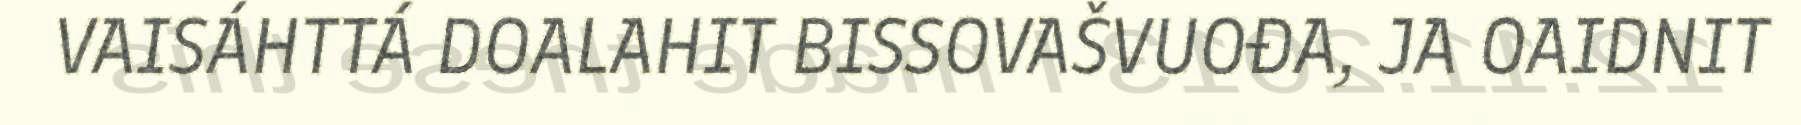
VAISÁHTTÁ DOALAHIT BISSOVAŠVUOĐA, JA OAIDNIT